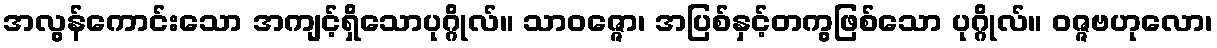
အလွန်ကောင်းသော အကျင့်ရှိသောပုဂ္ဂိုလ်။ သာဝဇ္ဇော၊ အပြစ်နှင့်တကွဖြစ်သော ပုဂ္ဂိုလ်။ ဝဇ္ဇဗဟုလော၊